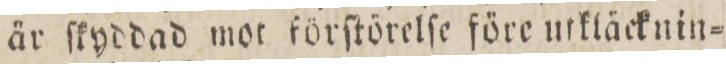
är ſkyddad mor förſtörelſe före utkläcknin=